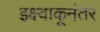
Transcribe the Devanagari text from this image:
इक्ष्वाकूनंतर